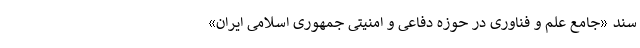
سند «جامع علم و فناوری در حوزه دفاعی و امنیتی جمهوری اسلامی ایران»